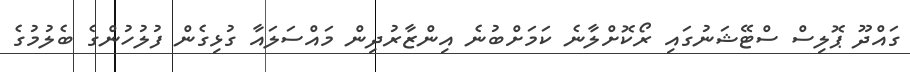
ގައްދޫ ޕޮލިސް ސްޓޭޝަނުގައި ރޯކޮށްލާނެ ކަމަށްބުނެ އިންޒާރުދިން މައްސަލައާ ގުޅިގެން ފުލުހުންގެ ބެލުމުގެ